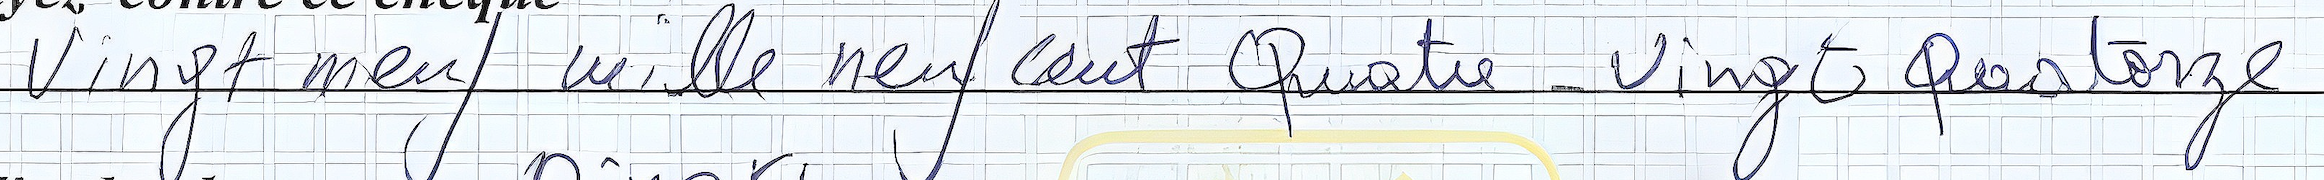
Vingt neuf mille neuf cent Quatre-Vingt Quatorze